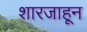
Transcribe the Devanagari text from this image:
शारजाहून